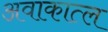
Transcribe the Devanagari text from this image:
अवाकात्ल